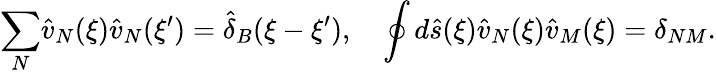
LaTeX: {\sum_{N}}{\hat{v}_{N}}(\xi){\hat{v}_{N}}(\xi^{\prime})={\hat{\delta}_{B}}(\xi-\xi^{\prime}),\quad\oint{d}\hat{s}(\xi){\hat{v}_{N}}(\xi){\hat{v}_{M}}(\xi)={\delta_{NM}}.